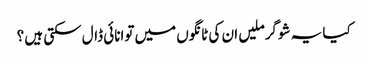
کیا یہ شوگرملیں ان کی ٹانگوں میں توانائی ڈال سکتی ہیں ؟